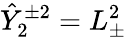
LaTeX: \hat{Y}_{2}^{\pm 2}=L_{\pm}^{2}